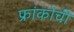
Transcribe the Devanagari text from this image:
फ्रांकोची